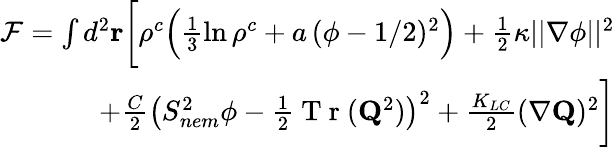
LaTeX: \begin{array}{r}{\mathcal{F}=\int d^{2}\mathbf{r}\bigg[\rho^{c}\Big(\frac{1}{3}\ln\rho^{c}+a\, (\phi-1/2)^{2}\Big)+\frac{1}{2}\kappa||\mathbf{\nabla}\phi||^{2}}\\ {+\frac{C}{2}\big(S_{nem}^{2}\phi-\frac{1}{2}\mathrm{~T~r~}(\mathbf{Q}^{2})\big)^{2}+\frac{K_{LC}}{2}(\nabla\mathbf{Q})^{2}\bigg]}\end{array}